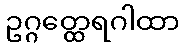
ဥဂ္ဂတ္ထေရဂါထာ